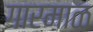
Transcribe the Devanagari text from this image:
गारमाळ